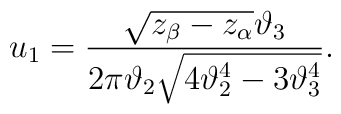
u_1={\sqrt{z_{\beta}-z_{\alpha}}\vartheta_3\over 2\pi\vartheta_2\sqrt{4\vartheta_2^4-3\vartheta_3^4}}.